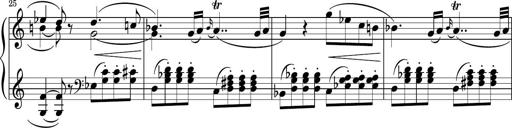
Title: Sonatina PandemÃ³nium
Composer: VÃ­ctor Carbajo
Key: C major